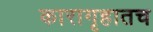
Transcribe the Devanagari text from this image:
कारागृहातच